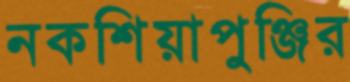
নকশিয়াপুঞ্জির